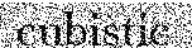
cubistic